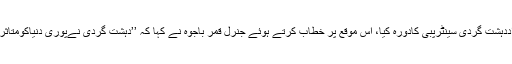
آئی ایس پی آر سے جاری اعلامیے میں کہا گیا ہے کہ آرمی چیف کاقومی انسداددہشت گردی سینٹرپبی کادورہ کیا، اس موقع پر خطاب کرتے ہوئے جنرل قمر باجوہ نے کہا کہ ’’دہشت گردی نےپوری دنیاکومتاثرکیاہے اس کے خاتمے کے لیے مشترکہ اور مربوط حکمتِ عملی اپنانا ہوگی‘‘۔